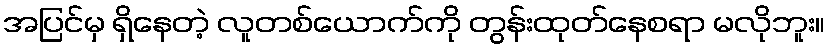
အပြင်မှ ရှိနေတဲ့ လူတစ်ယောက်ကို တွန်းထုတ်နေစရာ မလိုဘူး။